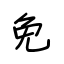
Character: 免